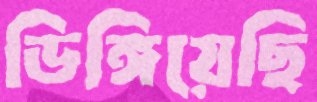
ডিঙ্গিয়েছি